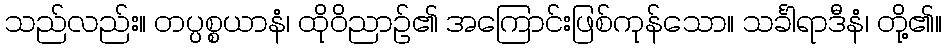
သည်လည်း။ တပ္ပစ္စယာနံ၊ ထိုဝိညာဉ်၏ အကြောင်းဖြစ်ကုန်သော။ သင်္ခါရာဒီနံ၊ တို့၏။